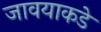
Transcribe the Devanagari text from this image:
जावयाकडे